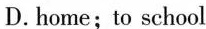
D.home；to school